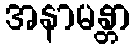
အနာမန္တာ